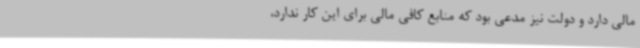
مالی دارد و دولت نیز مدعی بود که منابع کافی مالی برای این کار ندارد،